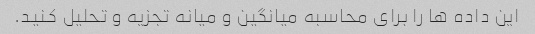
این داده ها را برای محاسبه میانگین و میانه تجزیه و تحلیل کنید.